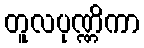
တူလပုဏ္ဏိကာ